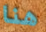
هنا